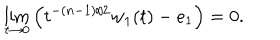
\lim _ { t \rightarrow 0 } \left( t ^ { - ( n - 1 ) / 2 } w _ { 1 } ( t ) - e _ { 1 } \right) = 0 .